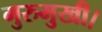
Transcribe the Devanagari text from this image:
गुरुमुखी।